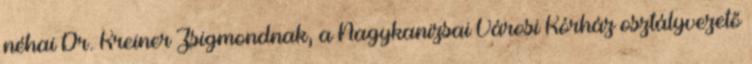
néhai Dr. Kreiner Zsigmondnak, a Nagykanizsai Városi Kórház osztályvezető